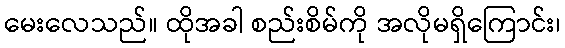
မေးလေသည်။ ထိုအခါ စည်းစိမ်ကို အလိုမရှိကြောင်း၊